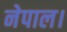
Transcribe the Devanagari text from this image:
नेपाल।